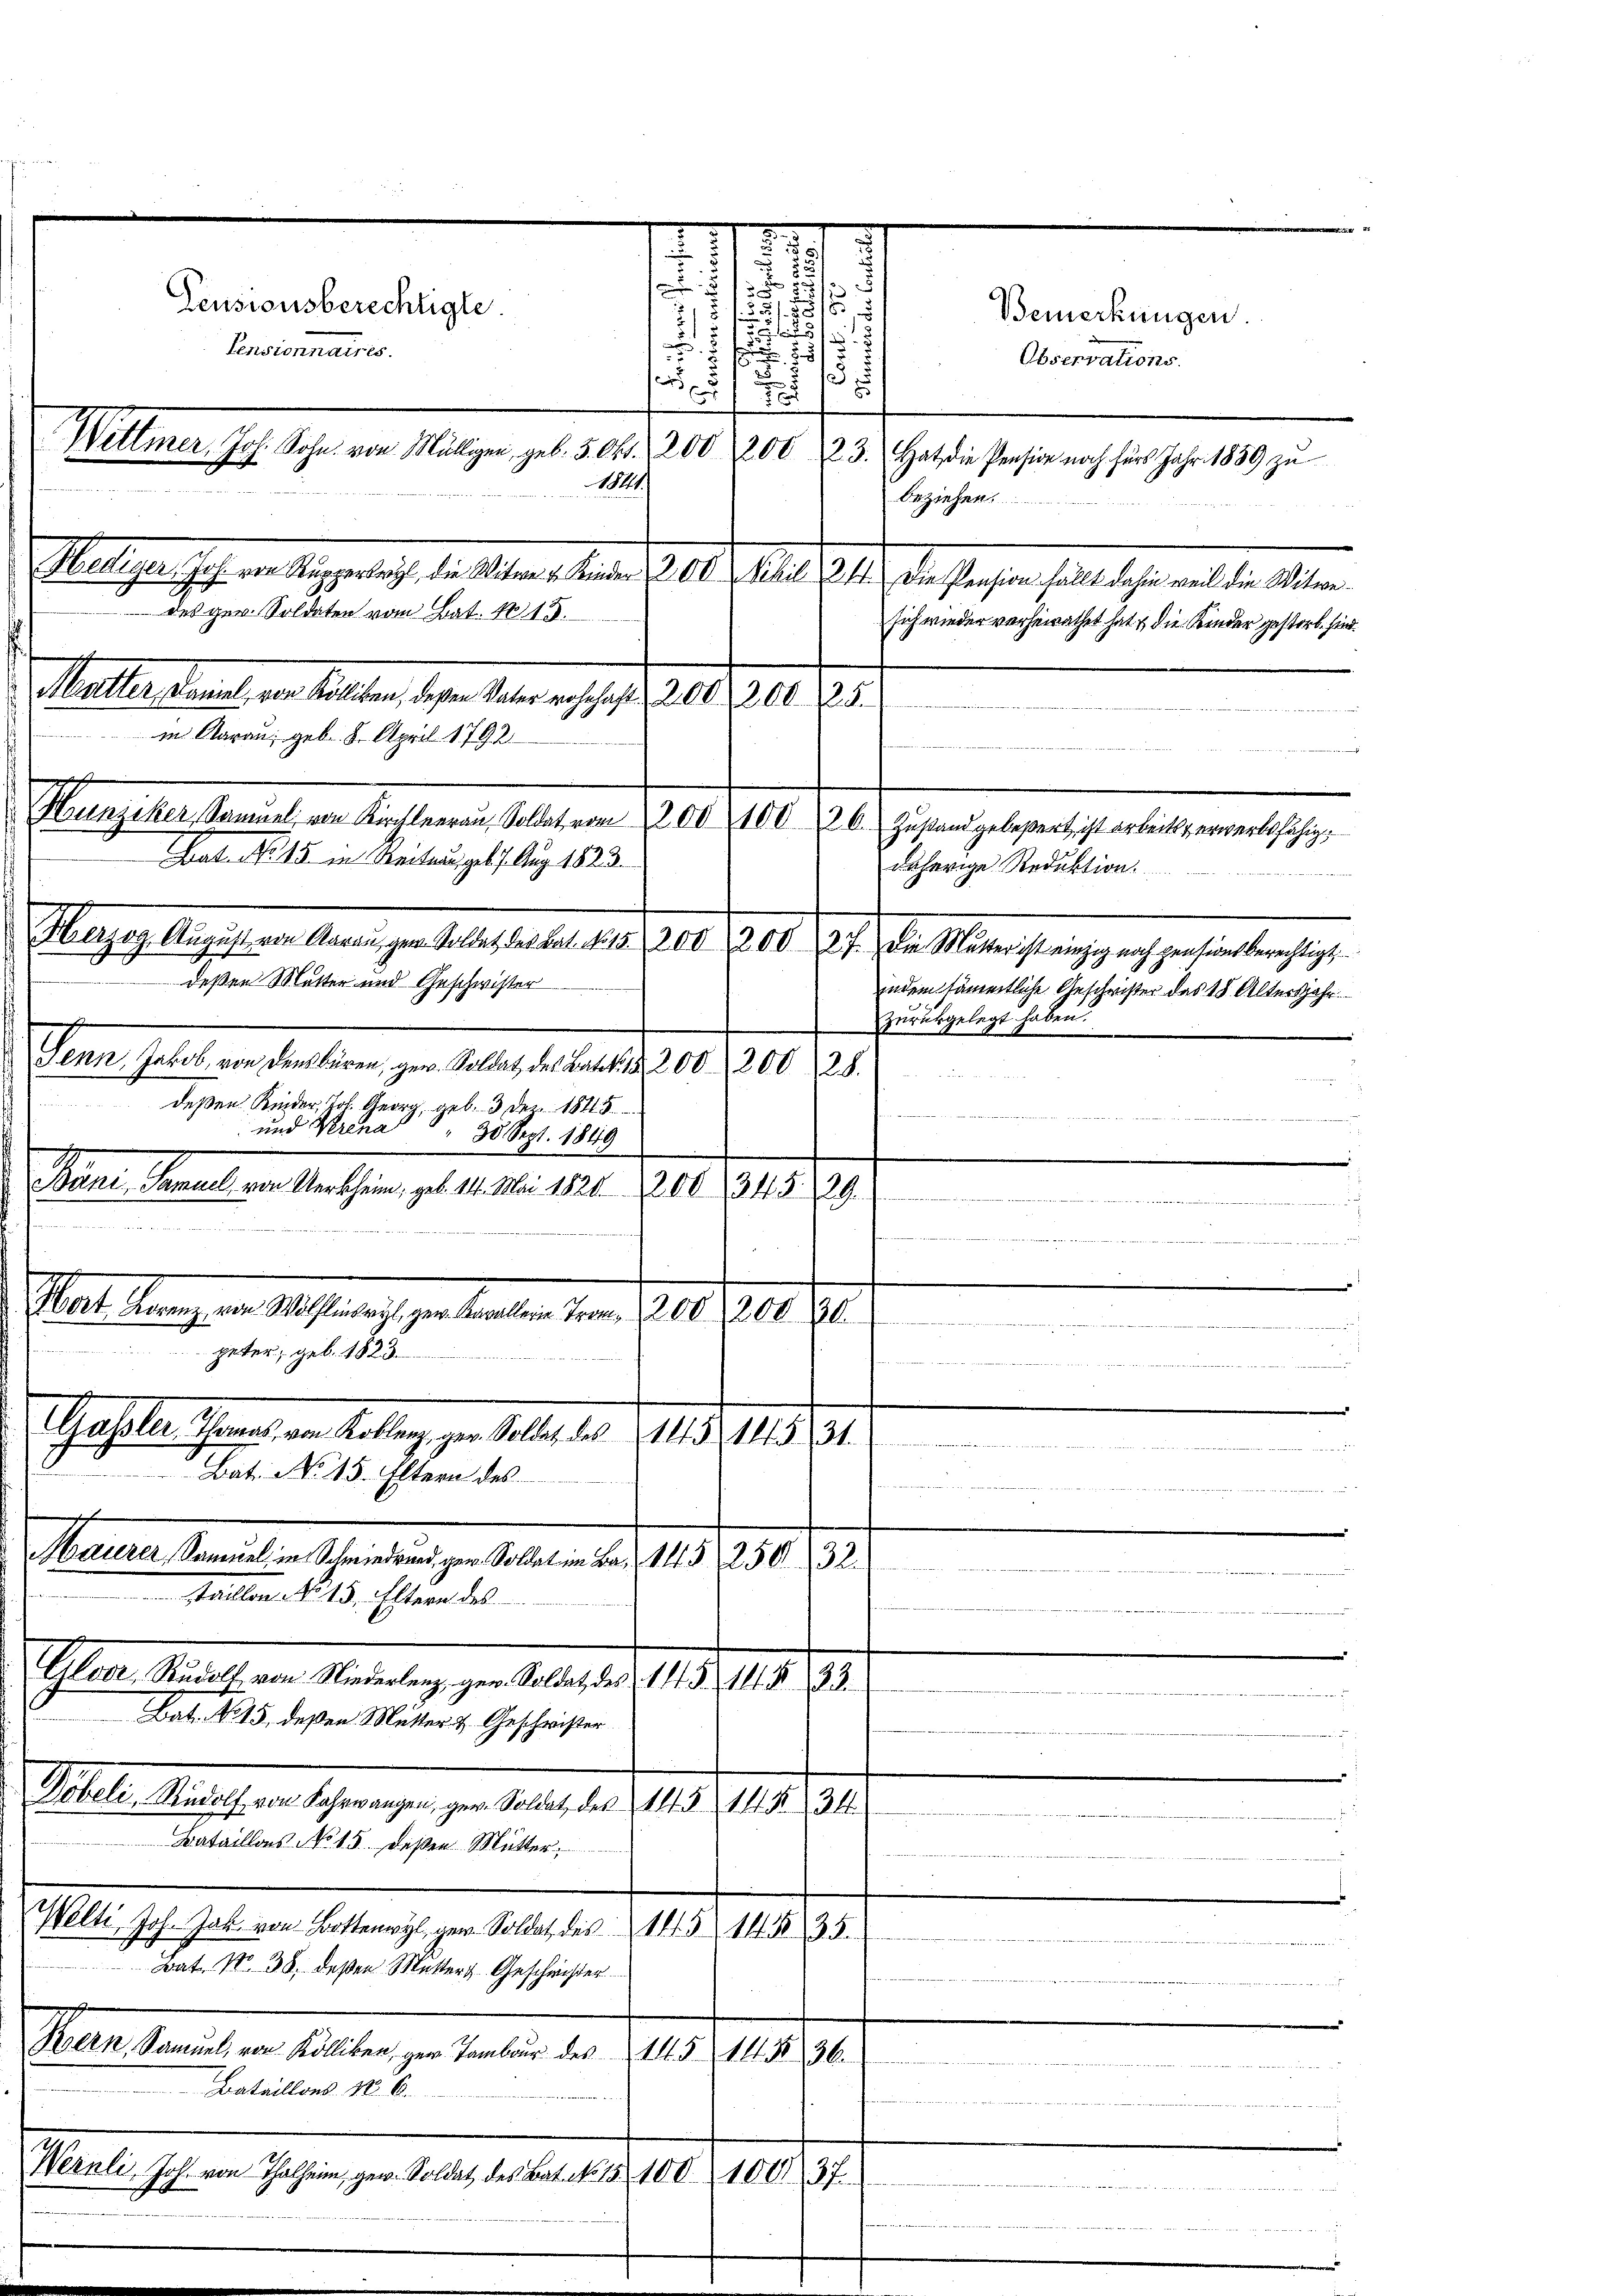
Pensionsberechtigte.
Pensionnaires.
1841 f
 des gew. Soldaten vom Bat. 115.
Mallerdiens in Alten, den der in 171. 101. 701. 75.
in Aarau, geb. 8. April 1792
Bat. No 15 in Seiten, geb. 7. Aug. 1823.
deßen Mutter und Geschwister

.
f
515,
7

1
55/
27
er
u
76
Wettmer, Joh. Sohn von Mülligen, geb. 5. Okt. 200, 200 23. Hat die Pension nach fürs Jahr 1889 zŭ
beziehen.
Milligen sehe in eigereiche de selben einen d. d. Meilet hat die stehen selbe ihre vel der Altern
sich wieder verheirathet hat & die Kinder gestorb. sind
i
.
Hunziker, Sammel, von Kirchleerau, Soldat von 200. 2100. 26. Zustand geborent ist arbeits erwerbsfähig,
daherige Reduktion.
Magen lassen Augen gestehen selben 10. Z. 10. Ja es sich die Miter herung ich gestalten sei e
indem sämmtliche Geschwister das 18. Altersjahr
zurückgelegt haben.
Seren soll an Seitern zu alle des aber 1890. 191
deßen Kinder, Joh. Georg, geb. 3 Dez. 1845.

und Krena    30 Sept. 1849
Bani, Samuel von Uerkhein, geb. 11. Mai 1821. 200, 345. 29

Bei die
lat. Mangen u. nach zu beanten den 1910.
200. 30.
peter, geb. 1823.

Schaften Scheint, an Antrag zur Kelle des 18. 1831.
Bat. No 15. Eltern des
Mauer Seiten Schreiben zu Saalen d. 15. 18888.
He
 2ten
staillon No 15. Eltern des
Glver, Rudolf von Niederlenz, gen. Soldat des 14 § 111. F
.
Bat. No 15, deßen Mutter- & Geschwister
Döbeli, Rudolf von Fahrwangen, gen. Soldat, des 1115. 148. 234
4
Bataillons No 15. Deßen Mutter
Welti, Joh. Joh. von Bottenwyl, ger. Soldat des 1851
t
 1 Messen sei den Aber 10 den
Bat. No. 38. deßen Mutters Geschwister
e
Bern, Samŭel von Kölliken, gew. Tambour des 115 14 § 36.
m
Bataillons No. 6.
Wernli Joh. von Thalheim gew. Soldat des Bat. No. 15. 100. 100. 37
                             Ausschehend die Morderiret werden gebende verabreitenheit bereit, es
.

s

5

3
.

Bemerkungen
Observations-